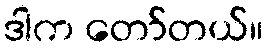
ဒါက တော်တယ်။